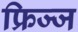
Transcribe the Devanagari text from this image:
फ्रिज्ज